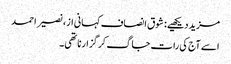
مزید دیکھیے: شوق انصاف کہانی از، نصیر احمد
اسے آج کی رات جاگ کر گزارنا تھی۔